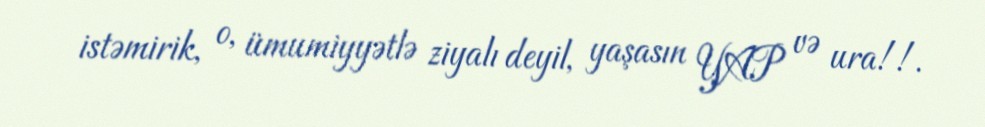
istəmirik, o, ümumiyyətlə ziyalı deyil, yaşasın YAP və ura!!.